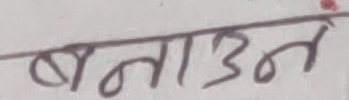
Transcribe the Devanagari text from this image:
बनाउन